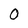
Character: 0